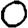
Digit: 0